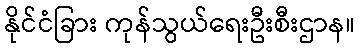
နိုင်ငံခြား ကုန်သွယ်ရေးဦးစီးဌာန။